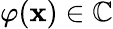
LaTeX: \varphi(\mathbf{x})\in\mathbb{{C}}